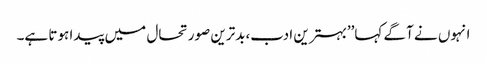
انہوں نے آگے کہا’’بہترین ادب،بدترین صورتحال میں پیدا ہوتا ہے۔